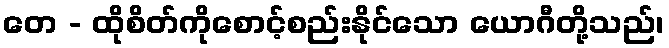
တေ - ထိုစိတ်ကိုစောင့်စည်းနိုင်သော ယောဂီတို့သည်၊